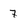
Character: 7